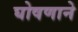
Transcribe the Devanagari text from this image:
घोषणाने